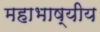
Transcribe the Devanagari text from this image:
महाभाष्यीय